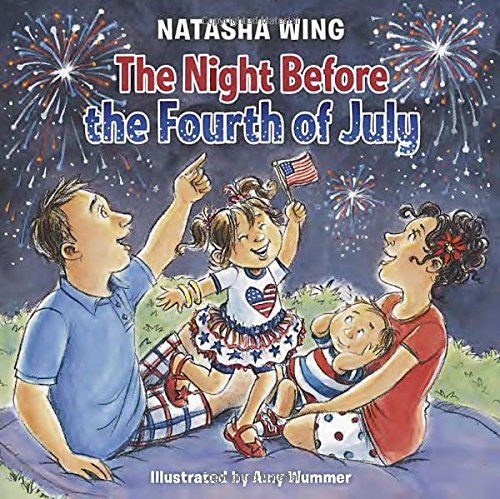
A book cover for The Night Before the Fourth of July; Natasha Wing; Children's Books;